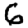
Digit: 6